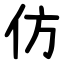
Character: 仿